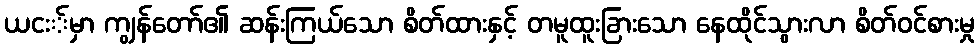
ယငး်မှာ ကျွန်တော်၏ ဆန်းကြယ်သော စိတ်ထားနှင့် တမူထူးခြားသော နေထိုင်သွားလာ စိတ်ဝင်စားမှု